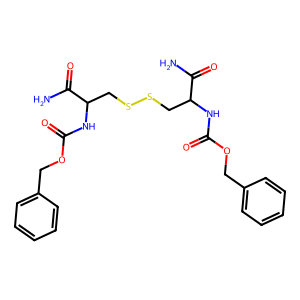
SMILES: NC(=O)C(CSSCC(NC(=O)OCc1ccccc1)C(N)=O)NC(=O)OCc1ccccc1
Inhibits HIV replication: No